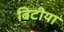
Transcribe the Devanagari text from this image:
बिटीया